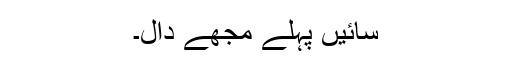
سائیں پہلے مجھے دال۔